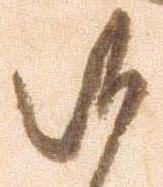
候